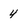
Character: 4